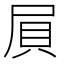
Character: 屓